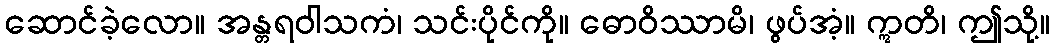
ဆောင်ခဲ့လော။ အန္တရဝါသကံ၊ သင်းပိုင်ကို။ ဓောဝိဿာမိ၊ ဖွပ်အံ့။ ဣတိ၊ ဤသို့။